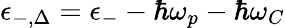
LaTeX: \epsilon_{-,\Delta}=\epsilon_{-}-\hbar\omega_{p}-\hbar\omega_{C}